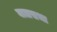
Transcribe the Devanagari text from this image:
बालसभा